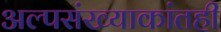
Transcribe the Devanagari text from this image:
अल्पसंख्याकांतही